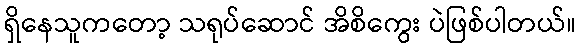
ရှိနေသူကတော့ သရုပ်ဆောင် အိစိကွေး ပဲဖြစ်ပါတယ်။